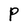
Character: P